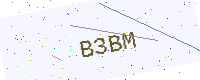
Text: B3BM